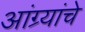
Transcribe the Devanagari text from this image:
आंग्र्यांचे